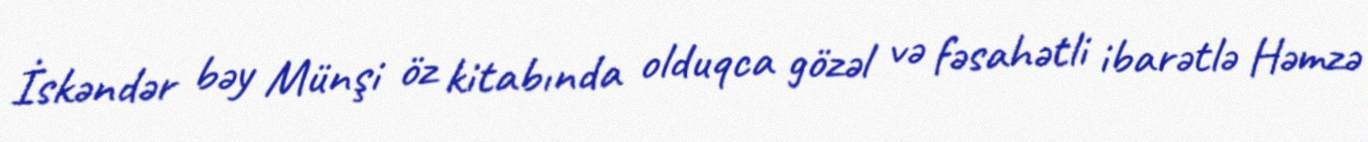
İskəndər bəy Münşi öz kitabında olduqca gözəl və fəsahətli ibarətlə Həmzə